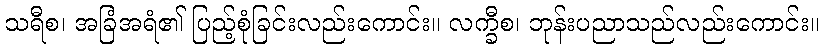
သရီစ၊ အခြံအရံ၏ ပြည့်စုံခြင်းလည်းကောင်း။ လက္ခီစ၊ ဘုန်းပညာသည်လည်းကောင်း။